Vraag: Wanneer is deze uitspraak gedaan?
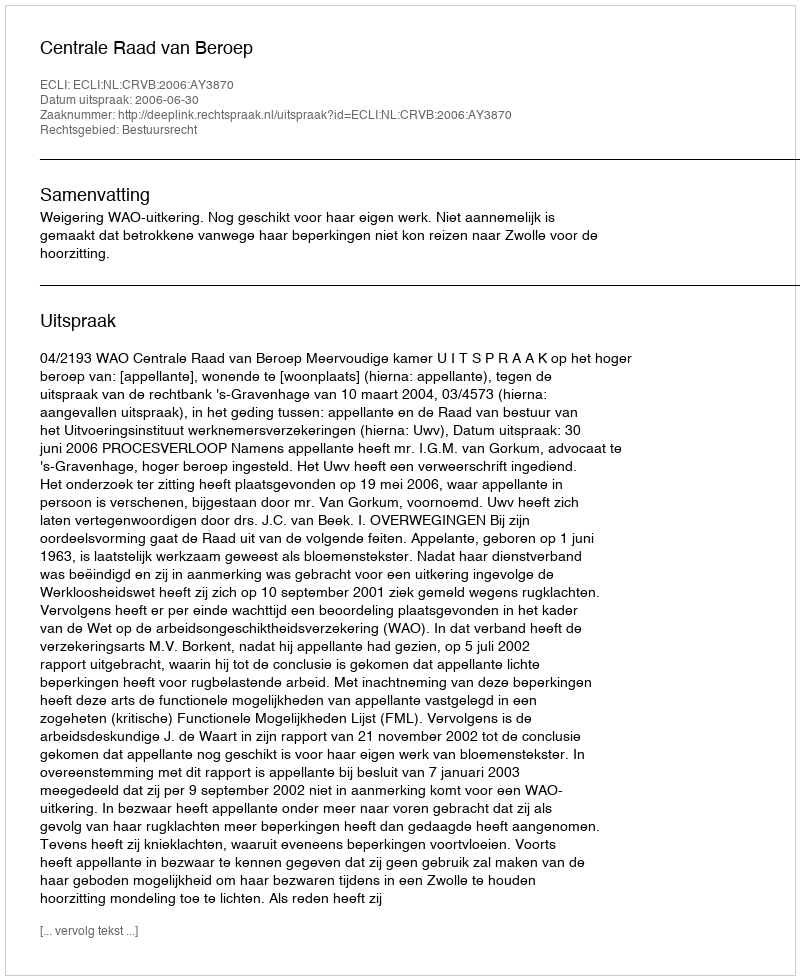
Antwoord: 2006-06-30